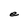
Character: e